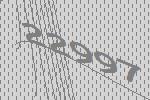
22997